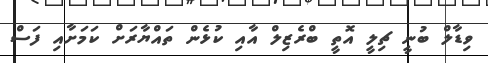
ވިޑާލް ބުނީ ޗިލީ އޮތީ ބްރެޒިލް އާއި ކުޅެން ތައްޔާރަށް ކަމަށާއި ފަސް